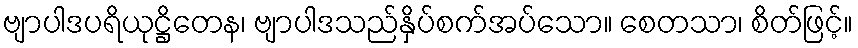
ဗျာပါဒပရိယုဋ္ဌိတေန၊ ဗျာပါဒသည်နှိပ်စက်အပ်သော။ စေတသာ၊ စိတ်ဖြင့်။